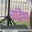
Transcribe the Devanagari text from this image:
नांदेण